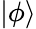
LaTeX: \vert\phi\rangle